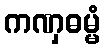
ကဏှဓမ္မံ